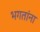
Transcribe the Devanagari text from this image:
भगतांना